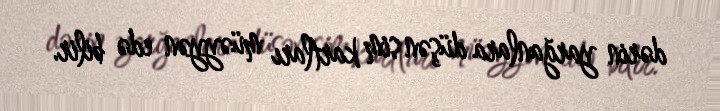
dərin yarğanlara düşən sim kartları müəyyən edə bilir.